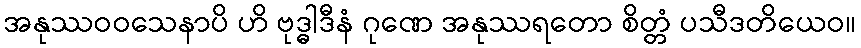
အနုဿဝဝသေနာပိ ဟိ ဗုဒ္ဓါဒီနံ ဂုဏေ အနုဿရတော စိတ္တံ ပသီဒတိယေဝ။